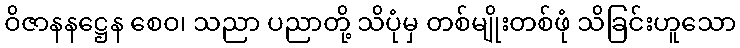
ဝိဇာနနဋ္ဌေန စေဝ၊ သညာ ပညာတို့ သိပုံမှ တစ်မျိုးတစ်ဖုံ သိခြင်းဟူသော